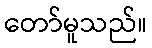
တော်မူသည်။